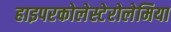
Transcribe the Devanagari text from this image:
हाइपरकोलेस्टेरोलेमिया